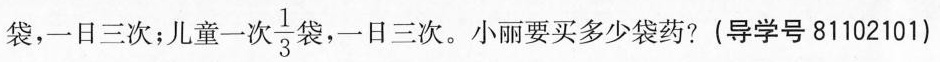
袋，一日三次；儿童一次\frac{1}{3}袋 ，一日三次。小丽要买多少袋药？（导学号81102101）